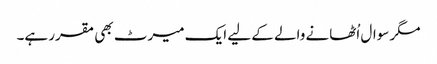
مگر سوال اُٹھانے والے کے لیے ایک میرٹ بھی مقرر ہے۔